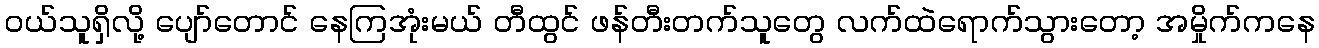
ဝယ်သူရှိလို့ ပျော်တောင် နေကြအုံးမယ် တီထွင် ဖန်တီးတက်သူတွေ လက်ထဲရောက်သွားတော့ အမှိုက်ကနေ